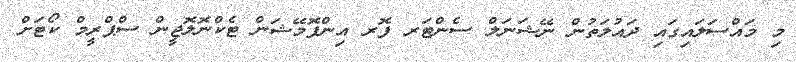
މި މައްސަލައިގައި ދައުލަތުން ނޭޝަނަލް ސެންޓަރ ފޮރ އިންފޮމޭޝަން ޓެކްނޮލޮޖީން ސްޕްރީމް ކޯޓަށް